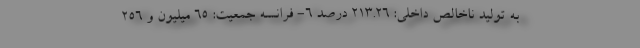
به تولید ناخالص داخلی: ۲۱۳.۲۶ درصد ۶- فرانسه جمعیت: ۶۵ میلیون و ۲۵۶